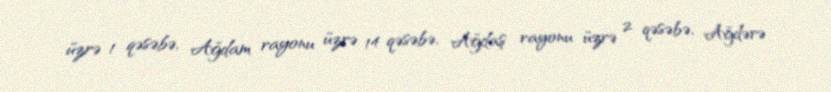
üzrə 1 qəsəbə, Ağdam rayonu üzrə 14 qəsəbə, Ağdaş rayonu üzrə 2 qəsəbə, Ağdərə